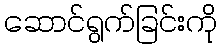
ဆောင်ရွက်ခြင်းကို